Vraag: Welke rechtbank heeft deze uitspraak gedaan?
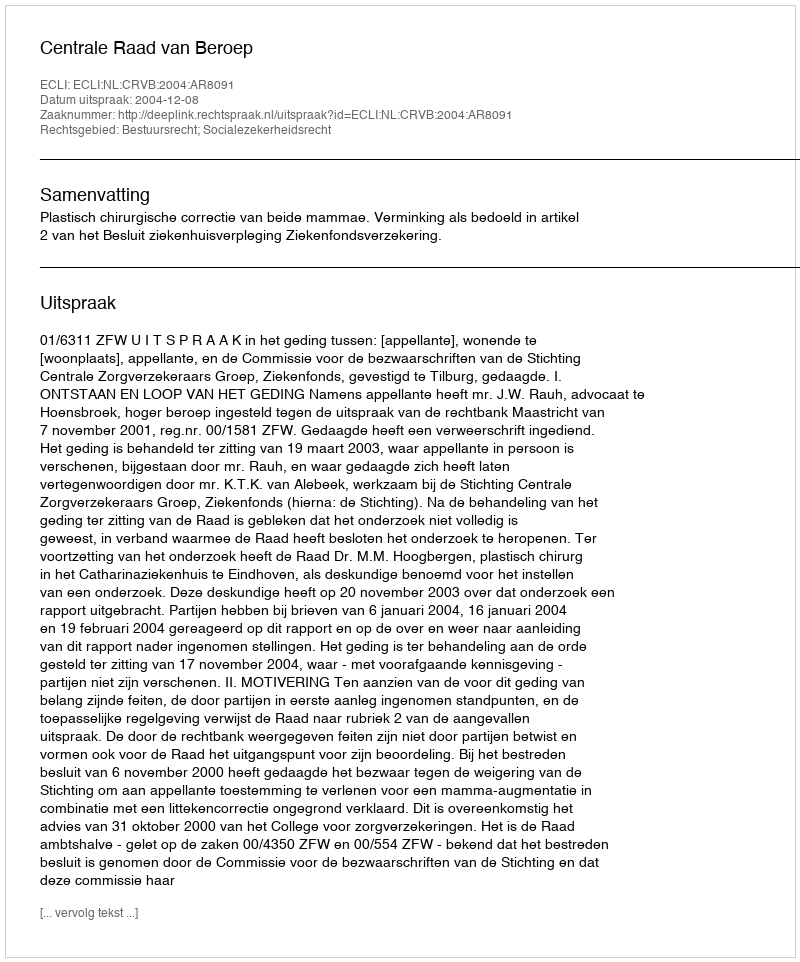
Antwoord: Centrale Raad van Beroep